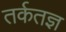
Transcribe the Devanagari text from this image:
तर्कतज्ञ